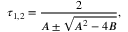
\tau _ { 1 , 2 } = \frac { 2 } { A \pm \sqrt { A ^ { 2 } - 4 B } } ,